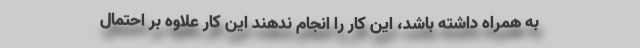
به همراه داشته باشد، این کار را انجام ندهند این کار علاوه بر احتمال